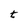
Character: t